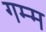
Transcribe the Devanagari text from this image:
गम्म